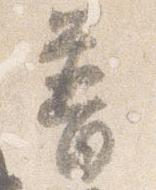
普